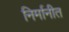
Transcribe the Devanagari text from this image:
निर्मानीत